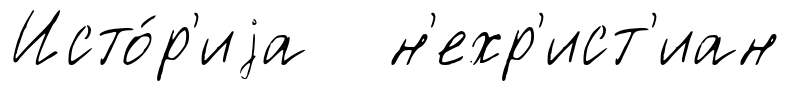
Исто́р'иjа н'ехр'ист'иан